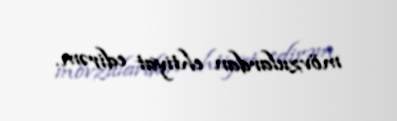
mövzulardan ehtiyat edirəm.